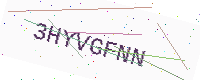
Text: 3HYVGFNN